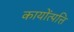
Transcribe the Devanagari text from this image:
कायोंत्पत्ति